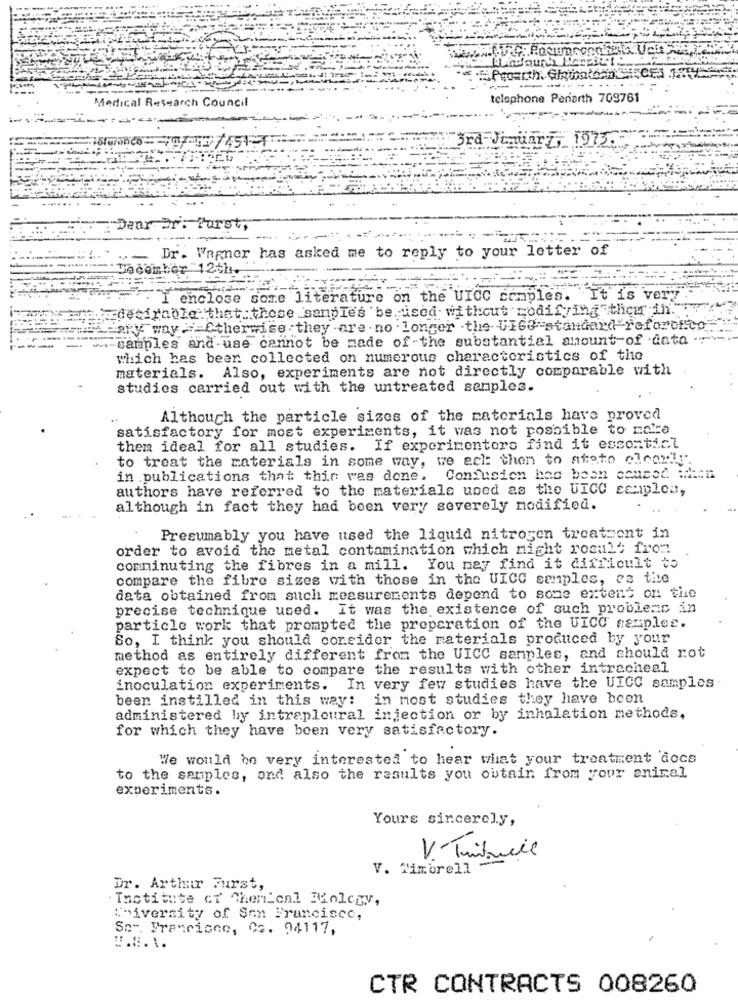
Medical Research Council
telephone Periarth 709761
3rd- Jim
5_1973
Dear Dr. Purst,
-----
Dr. Wagner has asked me to reply to your letter of
--
Dacombor 12th ..
I enclose some literature on the UICC simples. It is very
desirable that those samples be ised without codifying them in
"Sky way . Otherwise they are . no . longer .the UIGG-standard"reforce.co.
.. samples and use cannot be made of the substantial amount of data .-
which has been collected on numerous characteristics of the
materials. Also, experiments are not directly comparable with
studies carried out with the untreated samples.
Although the particle sizes of the materials have proved
satisfactory for most experiments, it was not posbible to make
them ideal for all studies. If experimenters find it esconticl
to treat the materials in some way, we eck: thon to ateto clearly
in publications that this was done. Confusion has been caused Mi:"
authors have referred to the materials used as the UICC scuples,
although in fact they had been very severely modified.
Presumably you have used the liquid nitrogen treatsont in
order to avoid the metal contamination which might rosul' from
comminuting the fibres in a mill. You may find it difficult to
compare the fibre sizes with those in the UICC samples, es the
data obtained from such measurements depend to some extent on the
precise technique used. It was the existence of such problems in
particle work that prompted the preparation of the UICC samples.
So, I think you should consider the materials produced by your
method as entirely different from the UICC samples, and should rot
expect to be able to compare the results with other intracheal
inoculation experiments. In very few studies have the UICC samples
been instilled in this way: in most studies they have been
administered by intrapleural injection or by inhalation methods,
for which they have been very satisfactory.
We would be very interested to hear what your treatment docs
to the samples, and also the results you obtain from your animal
experiments.
Yours sincerely,
V. Titrecil
V. Mimorell
Dr. Arthur Furst,
. Tactitute ci Menical Miolegy,
Chiversity of San Francisco,
So -. Francisco, Ca. 94117,
T.E.t.
CTR CONTRACTS 008260